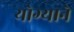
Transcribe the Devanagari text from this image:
योग्याने